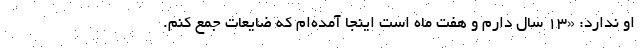
او ندارد: «۱۳ سال دارم و هفت ماه است اینجا آمده‌ام که ضایعات جمع ‌کنم.